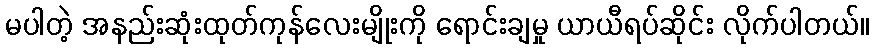
မပါတဲ့ အနည်းဆုံးထုတ်ကုန်လေးမျိုးကို ရောင်းချမှု ယာယီရပ်ဆိုင်း လိုက်ပါတယ်။